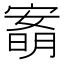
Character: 𡪙